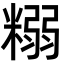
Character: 糑